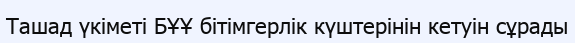
Ташад үкіметі БҰҰ бітімгерлік күштерінін кетуін сұрады